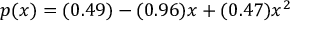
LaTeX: p ( x ) = ( 0 . 4 9 ) - ( 0 . 9 6 ) x + ( 0 . 4 7 ) x ^ { 2 }